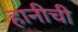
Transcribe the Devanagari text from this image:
हानीची